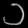
Digit: ၁